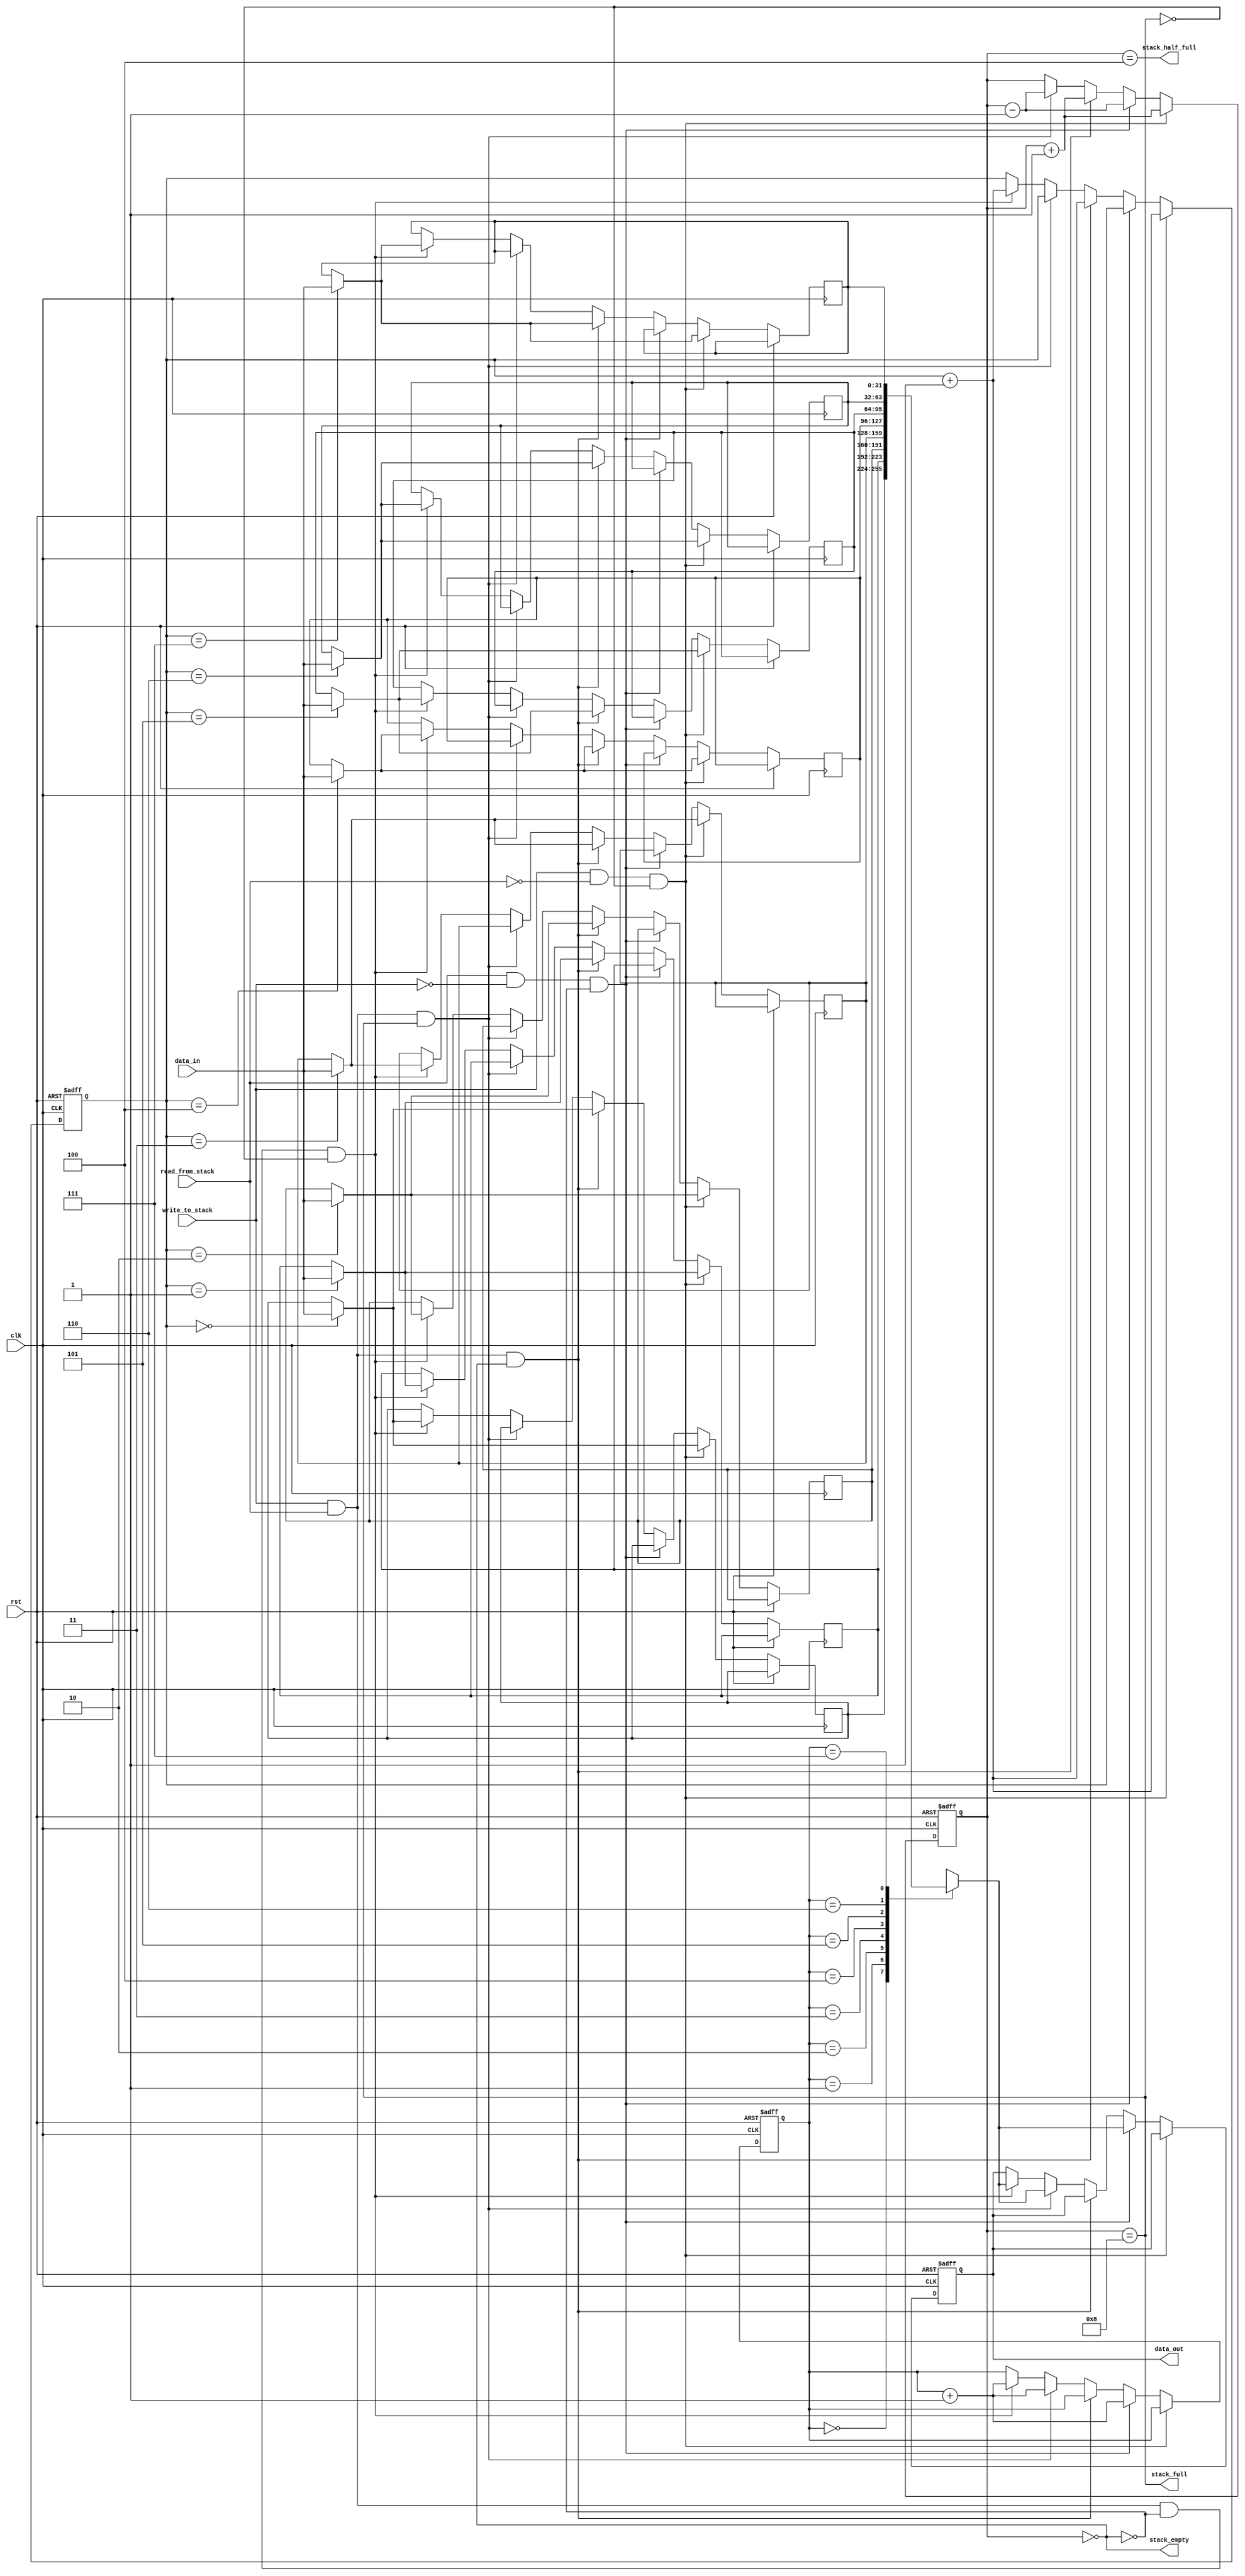
module FIFO_Buffer #(parameter STACK_WIDTH = 32,
    STACK_HEIGHT = 8,
    STACK_PTR_WIDTH = 3,
    HALF_LEVEL = STACK_HEIGHT/2
    ) (
        input clk, rst, write_to_stack, 
        input [STACK_WIDTH-1:0] data_in,
        input read_from_stack,
        output stack_full, stack_half_full, stack_empty,
        output reg [STACK_WIDTH-1:0] data_out
    );

    reg [STACK_PTR_WIDTH-1:0] read_ptr, write_ptr;
    reg [STACK_PTR_WIDTH:0] ptr_gap; // Gap between the pointers
    reg [STACK_WIDTH-1:0] stack [STACK_HEIGHT-1:0];


    // stack status signals
    assign stack_full = (ptr_gap == STACK_HEIGHT);
    assign stack_half_full = (ptr_gap == HALF_LEVEL); 
    assign stack_empty = (ptr_gap == 0);

    always @ (posedge clk or posedge rst)
        if (rst == 1) begin
            data_out <= 0;
            read_ptr <= 0;
            write_ptr <= 0;
            ptr_gap <= 0; 
        end else if (write_to_stack && (!read_from_stack) && (!stack_full)) begin
            stack [write_ptr] <= data_in;
            write_ptr <= write_ptr + 1;
            ptr_gap <= ptr_gap + 1;
        end else if (read_from_stack && (!write_to_stack) && (!stack_empty)) begin
            data_out <= stack[read_ptr];
            read_ptr <= read_ptr + 1;
            ptr_gap <= ptr_gap - 1;
        end else if (write_to_stack && read_from_stack && stack_empty) begin
            stack [write_ptr] <= data_in;
            write_ptr <= write_ptr + 1;
            ptr_gap <= ptr_gap + 1;
        end else if (write_to_stack && read_from_stack && stack_full) begin
            data_out <= stack[read_ptr];
            read_ptr <= read_ptr + 1;
            ptr_gap <= ptr_gap - 1;
        end else if (write_to_stack && read_from_stack && (!stack_empty) && (!stack_full)) begin
            stack [write_ptr] <= data_in;
            data_out <= stack[read_ptr];
            write_ptr <= write_ptr + 1;
            read_ptr <= read_ptr + 1;
        end

endmodule